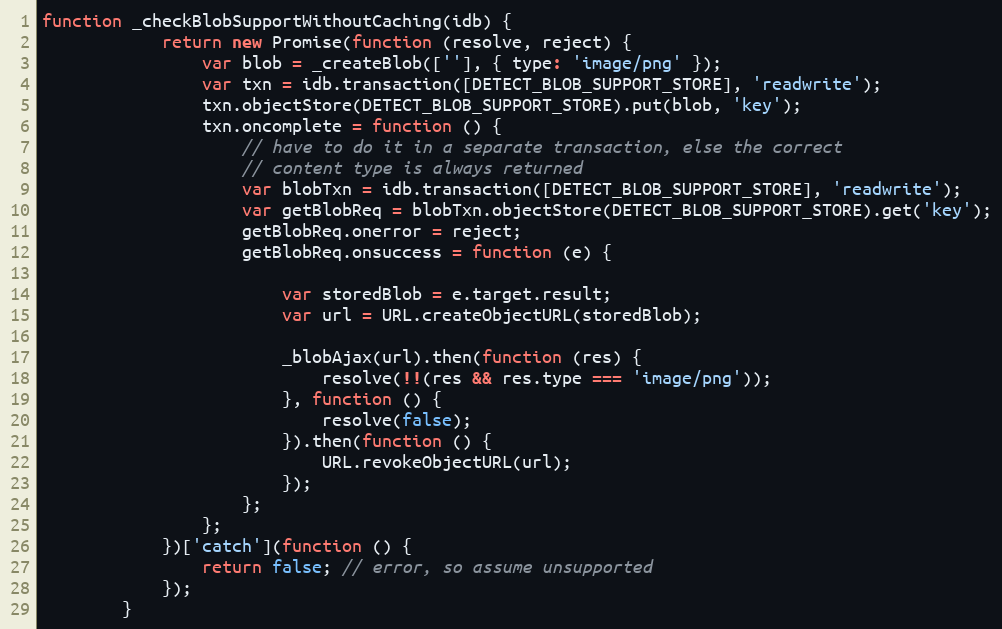
Language: JavaScript
function _checkBlobSupportWithoutCaching(idb) {
	        return new Promise(function (resolve, reject) {
	            var blob = _createBlob([''], { type: 'image/png' });
	            var txn = idb.transaction([DETECT_BLOB_SUPPORT_STORE], 'readwrite');
	            txn.objectStore(DETECT_BLOB_SUPPORT_STORE).put(blob, 'key');
	            txn.oncomplete = function () {
	                // have to do it in a separate transaction, else the correct
	                // content type is always returned
	                var blobTxn = idb.transaction([DETECT_BLOB_SUPPORT_STORE], 'readwrite');
	                var getBlobReq = blobTxn.objectStore(DETECT_BLOB_SUPPORT_STORE).get('key');
	                getBlobReq.onerror = reject;
	                getBlobReq.onsuccess = function (e) {

	                    var storedBlob = e.target.result;
	                    var url = URL.createObjectURL(storedBlob);

	                    _blobAjax(url).then(function (res) {
	                        resolve(!!(res && res.type === 'image/png'));
	                    }, function () {
	                        resolve(false);
	                    }).then(function () {
	                        URL.revokeObjectURL(url);
	                    });
	                };
	            };
	        })['catch'](function () {
	            return false; // error, so assume unsupported
	        });
	    }